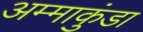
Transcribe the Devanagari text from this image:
अम्माकुंडा